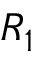
R _ { 1 }